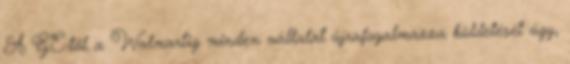
A GE-től a Walmartig minden vállalat újrafogalmazza küldetését úgy,